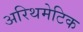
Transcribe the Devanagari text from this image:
अरिथमेटिक